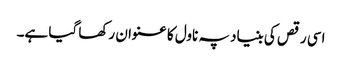
اسی رقص کی بنیاد پہ ناول کا عنوان رکھا گیا ہے۔